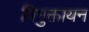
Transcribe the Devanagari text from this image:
विमुक्तायन